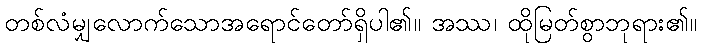
တစ်လံမျှလောက်သောအရောင်တော်ရှိပါ၏။ အဿ၊ ထိုမြတ်စွာဘုရား၏။